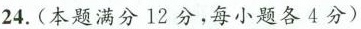
24.(本题满分12分，每小题各4分)